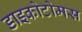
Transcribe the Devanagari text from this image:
डाइकोटोमस